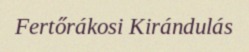
Fertőrákosi Kirándulás